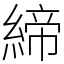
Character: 締